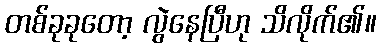
တစ်ခုခုတော့ လွဲနေပြီဟု သိလိုက်၏။